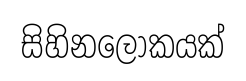
සිහිනලෝකයක්